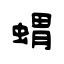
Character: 蝟